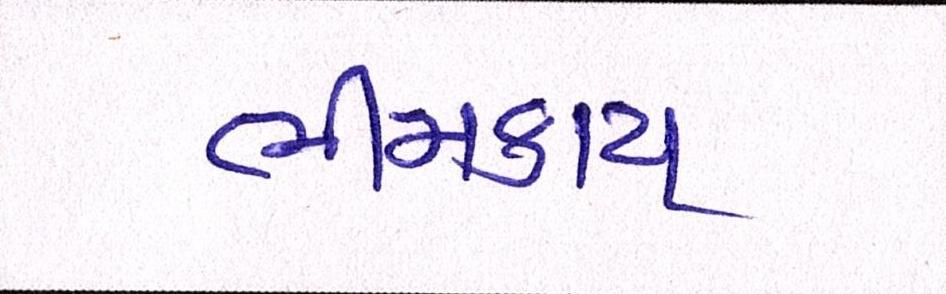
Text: ભીમકાય